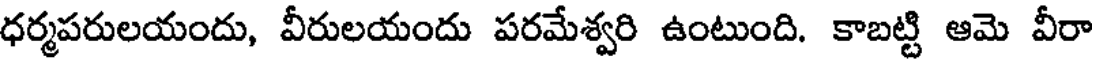
ధర్మపరులయందు, వీరులయందు పరమేశ్వరి ఉంటుంది. కాబట్టి ఆమె వీరా